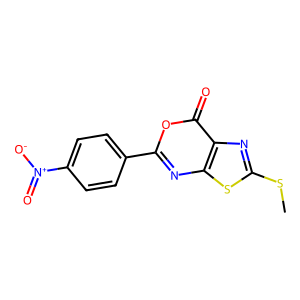
SMILES: CSc1nc2c(=O)oc(-c3ccc([N+](=O)[O-])cc3)nc2s1
Inhibits HIV replication: No